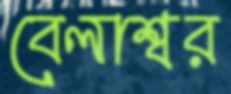
বেলাশ্বর